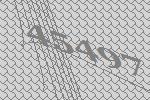
45497